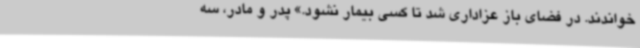
خواندند. در فضای باز عزاداری شد تا کسی بیمار نشود.» پدر و مادر، سه